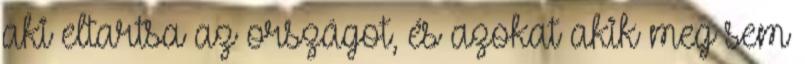
aki eltartsa az országot, és azokat akik meg sem